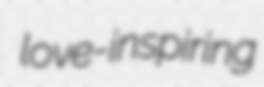
love-inspiring